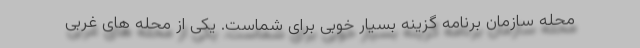
محله سازمان برنامه گزینه بسیار خوبی برای شماست. یکی از محله های غربی